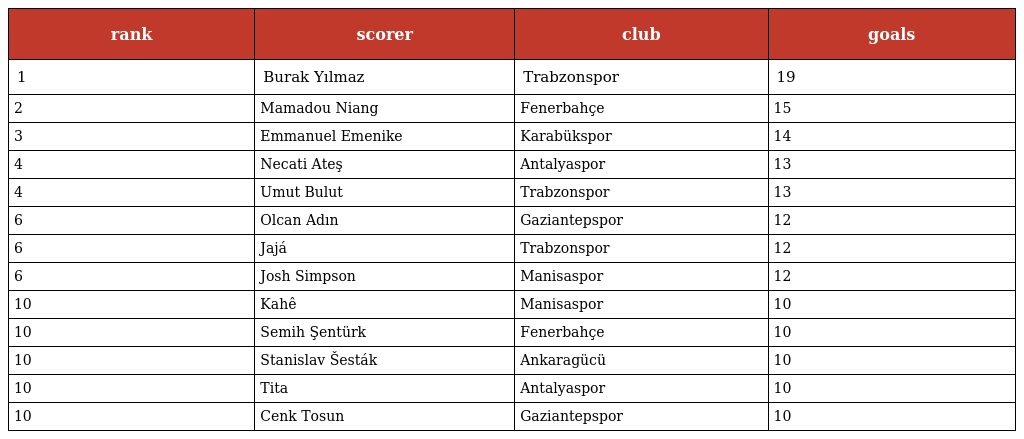
| rank | scorer | club | goals |
 | --- | --- | --- | --- |
 | 1 | Burak Yılmaz | Trabzonspor | 19 |
 | 2 | Mamadou Niang | Fenerbahçe | 15 |
 | 3 | Emmanuel Emenike | Karabükspor | 14 |
 | 4 | Necati Ateş | Antalyaspor | 13 |
 | 4 | Umut Bulut | Trabzonspor | 13 |
 | 6 | Olcan Adın | Gaziantepspor | 12 |
 | 6 | Jajá | Trabzonspor | 12 |
 | 6 | Josh Simpson | Manisaspor | 12 |
 | 10 | Kahê | Manisaspor | 10 |
 | 10 | Semih Şentürk | Fenerbahçe | 10 |
 | 10 | Stanislav Šesták | Ankaragücü | 10 |
 | 10 | Tita | Antalyaspor | 10 |
 | 10 | Cenk Tosun | Gaziantepspor | 10 |